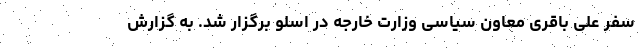
سفر علی باقری معاون سیاسی وزارت خارجه در اسلو برگزار شد. به گزارش